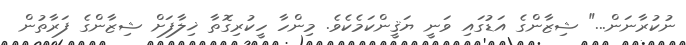
ނުކުރާނަން..." ޝިޒާންގެ އަޑުގައި ވަނީ ޔަޤީންކަމެކެވެ. މިންހާ ހީކުރިގޮތާ ޚިލާފަށް ޝިޒާންގެ ފަރާތުން